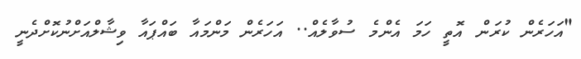
"އަހަރެން ކުރަން އޮތީ ހަމަ އެންމެ ސުވާލެއް.. އަހަރެން މަންމައާ ބައްޕައާ ވިޝާލްއަށްނުކޮށްދެނީ